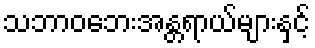
သဘာဝဘေးအန္တရာယ်များနှင့်